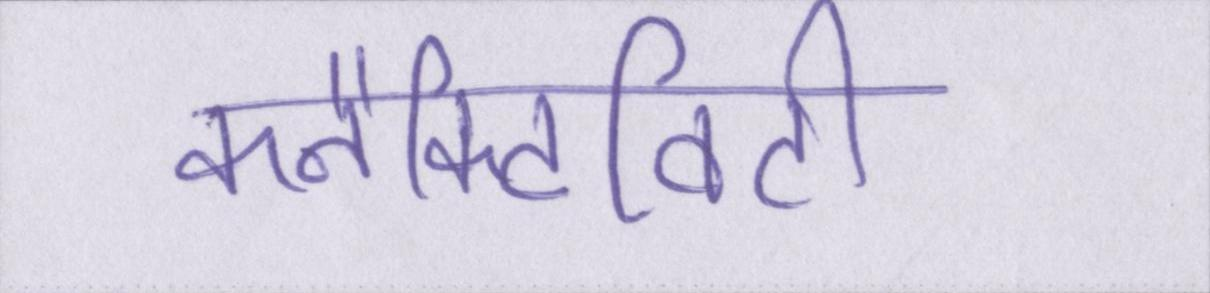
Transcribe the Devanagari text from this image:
कनैक्टिविटी